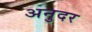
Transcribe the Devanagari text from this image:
अनुदर